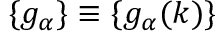
\{ g _ { \alpha } \} \equiv \{ g _ { \alpha } ( k ) \}